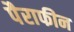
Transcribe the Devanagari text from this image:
पैराफीन